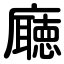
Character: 廰